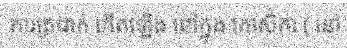
ការត្រជាក់ កើតឡើង នៅក្នុង កោសិកា ( នៅ